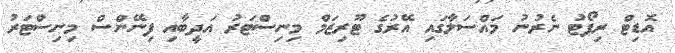
އޮޑިޓް ރިޕޯޓު ނެރުނު މައްސަލާގައި އޭރުގެ ޓޫރިޒަމް މިނިސްޓަރު އަދީބާއި ފިނޭންސް މިނިސްޓަރު